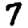
Digit: 7